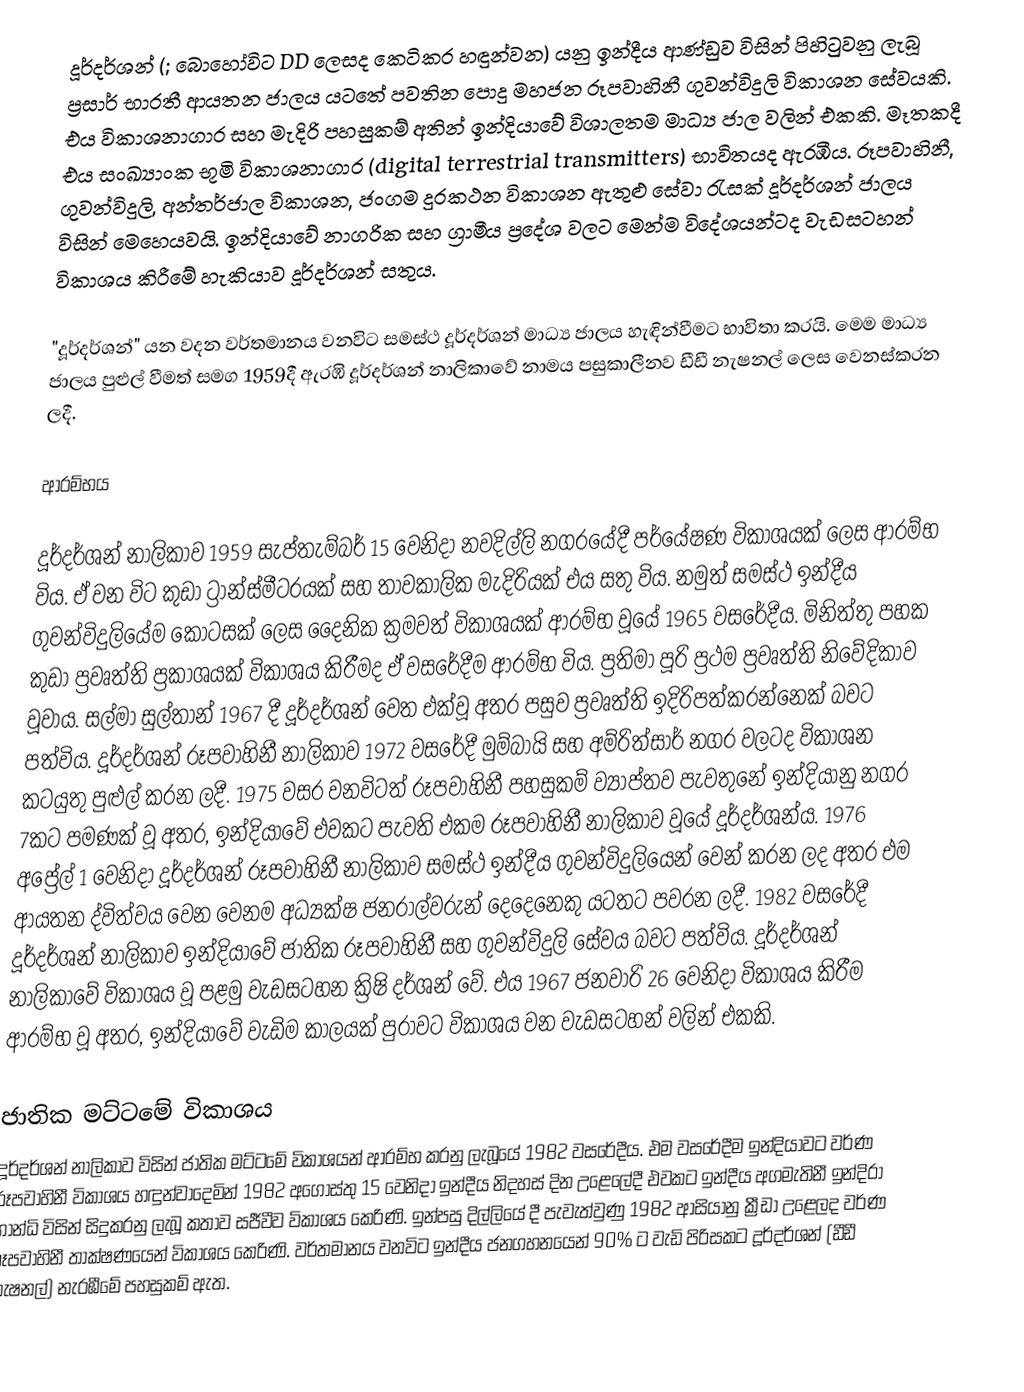
දූර්දර්ශන් (; බොහෝවිට DD ලෙසද කෙටිකර හඳුන්වන) යනු ඉන්දීය ආණ්ඩුව විසින් පිහිටුවනු ලැබූ ප්‍රසාර් භාරතී ආයතන ජාලය යටතේ පවතින පොදු මහජන රූපවාහිනී ගුවන්විදුලි විකාශන සේවයකි. එය විකාශනාගාර සහ මැදිරි පහසුකම් අතින් ඉන්දියාවේ විශාලතම මාධ්‍ය ජාල වලින් එකකි. මෑතකදී එය සංඛ්‍යාංක භූමි විකාශනාගාර (digital terrestrial transmitters) භාවිතයද ඇරඹීය. රූපවාහිනී, ගුවන්විදුලි, අන්තර්ජාල විකාශන, ජංගම දුරකථන විකාශන ඇතුළු සේවා රැසක් දූර්දර්ශන් ජාලය විසින් මෙහෙයවයි. ඉන්දියාවේ නාගරික සහ ග්‍රාමීය ප්‍රදේශ වලට මෙන්ම විදේශයන්ටද වැඩසටහන් විකාශය කිරීමේ හැකියාව දූර්දර්ශන් සතුය.

"දූර්දර්ශන්" යන වදන  වර්තමානය වනවිට සමස්ථ  දූර්දර්ශන් මාධ්‍ය ජාලය හැඳින්වීමට භාවිතා කරයි. මෙම මාධ්‍ය ජාලය පුළුල් වීමත් සමග 1959දී  ඇරඹි දූර්දර්ශන් නාලිකාවේ නාමය පසුකාලීනව ඩීඩී නැෂනල් ලෙස වෙනස්කරන ලදී.

ආරම්භය

දූර්දර්ශන් නාලිකාව 1959 සැප්තැම්බර් 15 වෙනිදා නවදිල්ලි නගරයේදී පර්යේෂණ විකාශයක් ලෙස ආරම්භ විය. ඒ වන විට කුඩා ට්‍රාන්ස්මීටරයක් සහ තාවකාලික මැදිරියක් එය සතු විය. නමුත් සමස්ථ ඉන්දීය ගුවන්විදුලියේම කොටසක් ලෙස දෛනික ක්‍රමවත් විකාශයක් ආරම්භ වූයේ 1965 වසරේදීය. මිනිත්තු පහක කුඩා ප්‍රවෘත්ති ප්‍රකාශයක් විකාශය කිරීමද ඒ වසරේදීම ආරම්භ විය. ප්‍රතිමා පූරි ප්‍රථම ප්‍රවෘත්ති නිවේදිකාව වූවාය. සල්මා සුල්තාන් 1967 දී දූර්දර්ශන් වෙත එක්වූ අතර පසුව ප්‍රවෘත්ති ඉදිරිපත්කරන්නෙක් බවට පත්විය. දූර්දර්ශන් රූපවාහිනී නාලිකාව 1972 වසරේදී මුම්බායි සහ අම්රිත්සාර් නගර වලටද විකාශන කටයුතු පුළුල් කරන ලදී. 1975 වසර වනවිටත් රූපවාහිනී පහසුකම් ව්‍යාප්තව පැවතුනේ ඉන්දියානු නගර 7කට පමණක් වූ අතර, ඉන්දියාවේ එවකට පැවති එකම රූපවාහිනී නාලිකාව වූයේ දූර්දර්ශන්ය. 1976 අප්‍රේල් 1 වෙනිදා දූර්දර්ශන් රූපවාහිනී නාලිකාව සමස්ථ ඉන්දීය ගුවන්විදුලියෙන් වෙන් කරන ලද අතර එම ආයතන ද්විත්වය වෙන වෙනම අධ්‍යක්ෂ ජනරාල්වරුන් දෙදෙනෙකු යටතට පවරන ලදී. 1982 වසරේදී දූර්දර්ශන් නාලිකාව ඉන්දියාවේ ජාතික රූපවාහිනී සහ ගුවන්විදුලි සේවය බවට පත්විය. දූර්දර්ශන් නාලිකාවේ විකාශය වූ පළමු වැඩසටහන ක්‍රිෂි දර්ශන් වේ. එය 1967 ජනවාරි 26 වෙනිදා විකාශය කිරීම ආරම්භ වූ අතර, ඉන්දියාවේ වැඩිම කාලයක් පුරාවට විකාශය වන වැඩසටහන් වලින් එකකි.

ජාතික මට්ටමේ විකාශය
දූර්දර්ශන් නාලිකාව විසින් ජාතික මට්ටමේ විකාශයන් ආරම්භ කරනු ලැබූයේ 1982 වසරේදීය. එම වසරේදීම ඉන්දියාවට වර්ණ රූපවාහිනී විකාශය හඳුන්වාදෙමින් 1982 අගෝස්තු 15 වෙනිදා ඉන්දීය නිදහස් දින උළෙලේදී එවකට ඉන්දීය අගමැතිනී ඉන්දිරා ගාන්ධි විසින් සිදුකරනු ලැබූ කතාව සජීවීව විකාශය කෙරිණි. ඉන්පසු දිල්ලියේ දී පැවැත්වුණු 1982 ආසියානු ක්‍රීඩා උළෙලද වර්ණ රූපවාහිනී තාක්ෂණයෙන් විකාශය කෙරිණි. වර්තමානය වනවිට ඉන්දීය ජනගහනයෙන් 90% ට වැඩි පිරිසකට දූර්දර්ශන් (ඩීඩී නැෂනල්) නැරඹීමේ පහසුකම් ඇත.